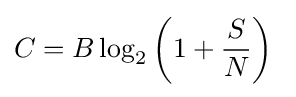
C=B\log _{2}\left(1+{\frac {S}{N}}\right)\